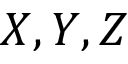
X , Y , Z